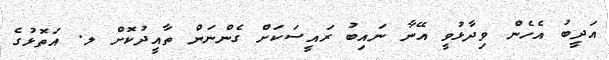
އަދީބު އެހެން ވިދާޅުވީ އޭނާ ނައިބު ރައީސަކަށް ގެންނަން ތާއީދުކޮށް ލ. އަތޮޅުގެ